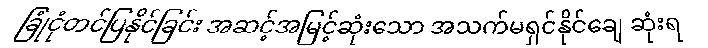
ခြုံငုံတင်ပြနိုင်ခြင်း အဆင့်အမြင့်ဆုံးသော အသက်မရှင်နိုင်ချေ ဆုံးရ